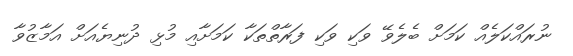
ނުރައްކަލެއް ކަމަށް ބެލެވޭ ވަކި ވަކި ފަރާތްތަކާ ކަމަށާއި މުޅި ދުނިޔެއަށް އަމާޒުވާ